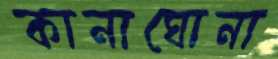
কানাঘোনা